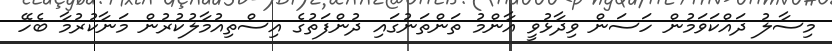
މިސާލު ދައްކަވަމުން ހަސަން ވިދާޅުވީ އާންމު ތަންތަނުގައި ދުންފަތުގެ އިސްތިއުމާލުކުރުން މަނާކުރުމާ ބެހޭ